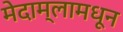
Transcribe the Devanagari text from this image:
मेदाम्लामधून